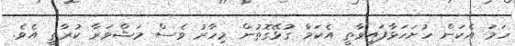
ހަމަ އެކަން ހުށަހަޅާފައިވާތީ އެކަމާ ގުޅޭގޮތުން މިހާރު ވެސް މަޝްވަރާ ކުރާތީ އެވެ.